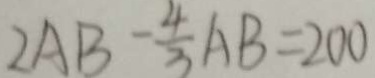
2 A B - \frac { 4 } { 3 } A B = 2 0 0